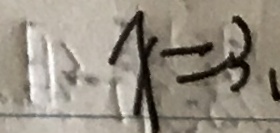
x = 3 ,